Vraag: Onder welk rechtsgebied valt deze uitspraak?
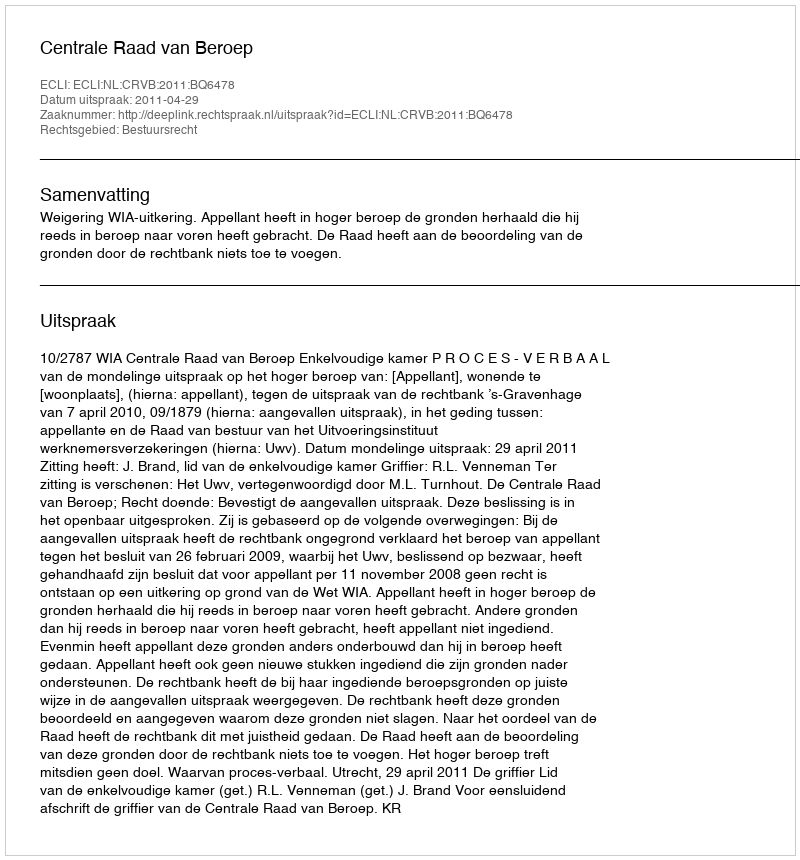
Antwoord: Bestuursrecht